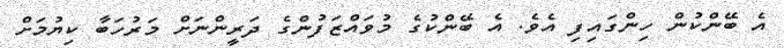
އެ ބޭންކުން ހިންގައިފި އެވެ. އެ ބޭންކުގެ މުވައްޒަފުންގެ ދަރީންނަށް މަރުހަބާ ކިޔުމަށް